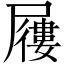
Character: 屨